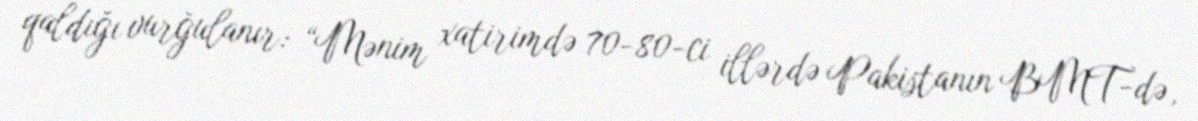
qaldığı vurğulanır: “Mənim xatirimdə 70-80-ci illərdə Pakistanın BMT-də,